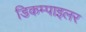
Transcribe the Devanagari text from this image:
डिकम्पाइलर